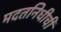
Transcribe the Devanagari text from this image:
मदतनिधीची